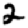
Digit: 2